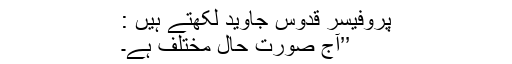
پروفیسر قدوس جاوید لکھتے ہیں :
’’آج صورتِ حال مختلف ہے۔